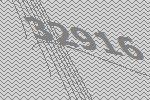
32916